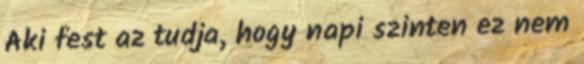
Aki fest az tudja, hogy napi szinten ez nem